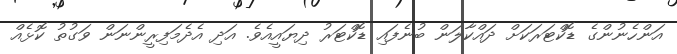
އަންހެނުންގެ ޑޮކްޓަރަކަށް ދައްކާލަން ބުނެފައި ޑޮކްޓަރު ދިޔައީއެވެ. އަދި އެދެމަފިރީންނަން ވަގުތު ކޮޅެއް